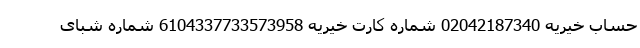
حساب خیریه 02042187340 شماره کارت خیریه 6104337733573958 شماره شبای